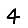
Digit: 4